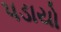
પડાયો